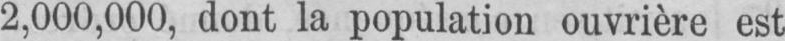
2,000,000, dont la population ouvrière est